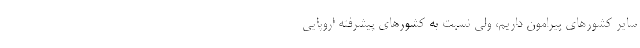
سایر کشور‌های پیرامون داریم، ولی نسبت به کشور‌های پیشرفته اروپایی